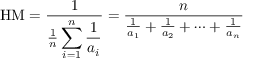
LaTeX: { \mathrm { H M } } = { \frac { 1 } { { \frac { 1 } { n } } \displaystyle \sum _ { i = 1 } ^ { n } { \frac { 1 } { a _ { i } } } } } = { \frac { n } { { \frac { 1 } { a _ { 1 } } } + { \frac { 1 } { a _ { 2 } } } + \cdots + { \frac { 1 } { a _ { n } } } } }